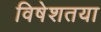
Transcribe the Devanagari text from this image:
विषेशतया